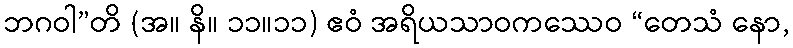
ဘဂဝါ”တိ (အ။ နိ။ ၁၁။၁၁) ဧဝံ အရိယသာဝကဿေဝ “တေသံ နော,